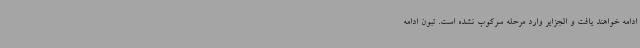
ادامه خواهند یافت و الجزایر وارد مرحله سرکوب نشده است. تبون ادامه